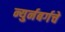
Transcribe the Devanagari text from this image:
न्युर्नबर्गचे